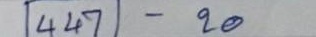
447 - 20